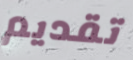
تقديم